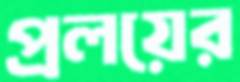
প্রলয়ের